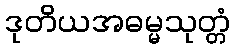
ဒုတိယအဓမ္မသုတ္တံ